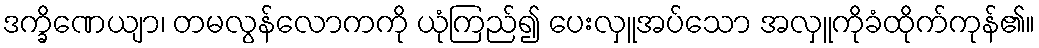
ဒက္ခိဏေယျာ၊ တမလွန်လောကကို ယုံကြည်၍ ပေးလှူအပ်သော အလှူကိုခံထိုက်ကုန်၏။